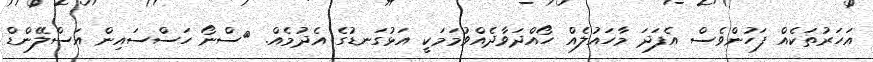
އަހަރުތަކެއް ފަހުންވެސް އެފަދަ މާހައުލެއް ހޯއްދަވާދެއްވުމަމަކީ އަޅުގަނޑުގެ އެދުމެއް. >ސްނޯ ހަސްސައިން އަސްލޭންޑް